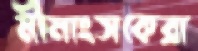
মীমাংসকেরা